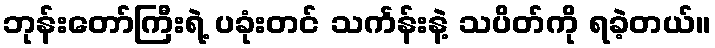
ဘုန်းတော်ကြီးရဲ့ ပခုံးတင် သင်္ကန်းနဲ့ သပိတ်ကို ရခဲ့တယ်။